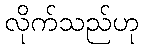
လိုက်သည်ဟု